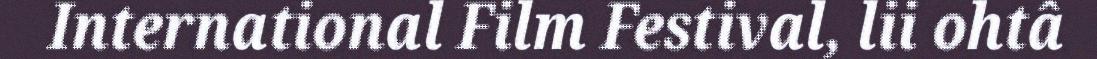
International Film Festival, lii ohtâ